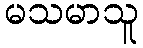
မသမာသူ